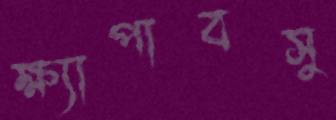
ক্ষ্যাপাবসু